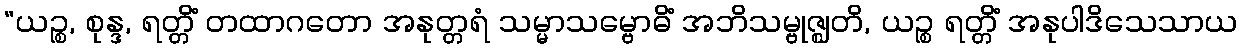
“ယဉ္စ, စုန္ဒ, ရတ္တိံ တထာဂတော အနုတ္တရံ သမ္မာသမ္ဗောဓိံ အဘိသမ္ဗုဇ္ဈတိ, ယဉ္စ ရတ္တိံ အနုပါဒိသေသာယ